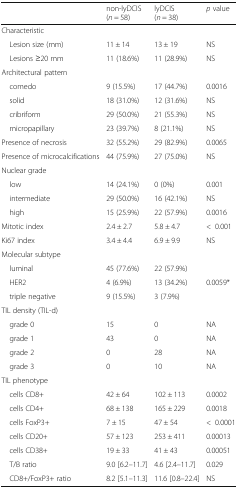
<table><thead><tr><td></td><td><b>non-lyDCIS(<i>n</i> = 58)</b></td><td><b>lyDCIS(<i>n</i> = 38)</b></td><td><b><i>p</i> value</b></td></tr></thead><tbody><tr><td colspan="4">Characteristic</td></tr><tr><td> Lesion size (mm)</td><td>11 ± 14</td><td>13 ± 19</td><td>NS</td></tr><tr><td> Lesions ≥20 mm</td><td>11 (18.6%)</td><td>11 (28.9%)</td><td>NS</td></tr><tr><td colspan="4">Architectural pattern</td></tr><tr><td> comedo</td><td>9 (15.5%)</td><td>17 (44.7%)</td><td>0.0016</td></tr><tr><td> solid</td><td>18 (31.0%)</td><td>12 (31.6%)</td><td>NS</td></tr><tr><td> cribriform</td><td>29 (50.0%)</td><td>21 (55.3%)</td><td>NS</td></tr><tr><td> micropapillary</td><td>23 (39.7%)</td><td>8 (21.1%)</td><td>NS</td></tr><tr><td>Presence of necrosis</td><td>32 (55.2%)</td><td>29 (82.9%)</td><td>0.0065</td></tr><tr><td>Presence of microcalcifications</td><td>44 (75.9%)</td><td>27 (75.0%)</td><td>NS</td></tr><tr><td colspan="4">Nuclear grade</td></tr><tr><td> low</td><td>14 (24.1%)</td><td>0 (0%)</td><td>0.001</td></tr><tr><td> intermediate</td><td>29 (50.0%)</td><td>16 (42.1%)</td><td>NS</td></tr><tr><td> high</td><td>15 (25.9%)</td><td>22 (57.9%)</td><td>0.0016</td></tr><tr><td>Mitotic index</td><td>2.4 ± 2.7</td><td>5.8 ± 4.7</td><td>&lt;0.001</td></tr><tr><td>Ki67 index</td><td>3.4 ± 4.4</td><td>6.9 ± 9.9</td><td>NS</td></tr><tr><td colspan="4">Molecular subtype</td></tr><tr><td> luminal</td><td>45 (77.6%)</td><td>22 (57.9%)</td><td></td></tr><tr><td> HER2</td><td>4 (6.9%)</td><td>13 (34.2%)</td><td>0.0059*</td></tr><tr><td> triple negative</td><td>9 (15.5%)</td><td>3 (7.9%)</td><td></td></tr><tr><td colspan="4">TIL density (TIL-d)</td></tr><tr><td> grade 0</td><td>15</td><td>0</td><td>NA</td></tr><tr><td> grade 1</td><td>43</td><td>0</td><td>NA</td></tr><tr><td> grade 2</td><td>0</td><td>28</td><td>NA</td></tr><tr><td> grade 3</td><td>0</td><td>10</td><td>NA</td></tr><tr><td colspan="4">TIL phenotype</td></tr><tr><td> cells CD8+</td><td>42 ± 64</td><td>102 ± 113</td><td>0.0002</td></tr><tr><td> cells CD4+</td><td>68 ± 138</td><td>165 ± 229</td><td>0.0018</td></tr><tr><td> cells FoxP3+</td><td>7 ± 15</td><td>47 ± 54</td><td>&lt;0.0001</td></tr><tr><td> cells CD20+</td><td>57 ± 123</td><td>253 ± 411</td><td>0.00013</td></tr><tr><td> cells CD38+</td><td>19 ± 33</td><td>41 ± 43</td><td>0.00051</td></tr><tr><td> T/B ratio</td><td>9.0 [6.2–11.7]</td><td>4.6 [2.4–11.7]</td><td>0.029</td></tr><tr><td> CD8+/FoxP3+ ratio</td><td>8.2 [5.1–11.3]</td><td>11.6 [0.8–22.4]</td><td>NS</td></tr></tbody></table>